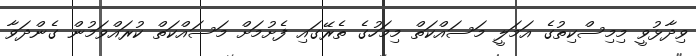
ވިދާޅުވީ މިމިސްކިތުގެ އަމަލީ މަސައްކަތް މިމަހުގެ ތެރޭގައި ފެށުމަށް މަސައްކަތް ކުރައްވަމުން ގެންދަވާ